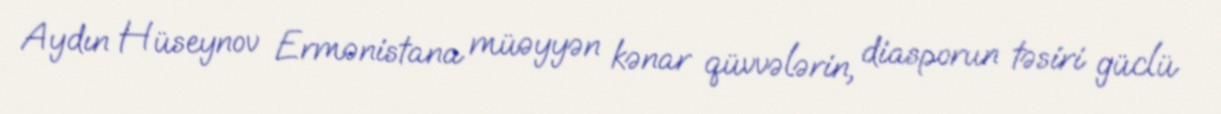
Aydın Hüseynov Ermənistana müəyyən kənar qüvvələrin, diasporun təsiri güclü